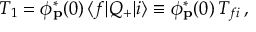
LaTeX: T _ { 1 } = \phi _ { \bf p } ^ { * } ( 0 ) \, \langle f | Q _ { + } | i \rangle \equiv \phi _ { \bf p } ^ { * } ( 0 ) \, T _ { f i } \, ,